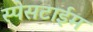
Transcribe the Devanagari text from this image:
स्पेसटाईम